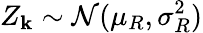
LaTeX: Z_{\mathbf{k}}\sim\mathcal{N}(\mu_{R},\sigma_{R}^{2})